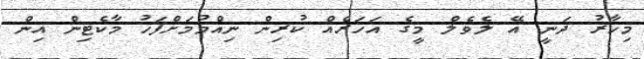
މިހާރު ދަނީ އޭ ލެވެލް މީގެ އަހަރެއް ކުރިން ނިއްމުމަށްފަހު މާކެޓިން އިން